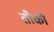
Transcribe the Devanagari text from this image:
तीको